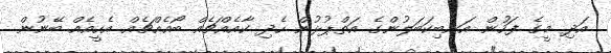
އަދި މީގެ ފަހުން އަނބިކަބަލުންގެ އަތްޕުޅުން ހެދި ކާއެއްޗެއް ބޯއެއްޗެއް އެހީއެއް ބޭނުން